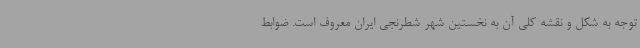
توجه به شکل و نقشه کلی آن به نخستین شهر شطرنجی ایران معروف است. ضوابط